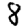
Digit: 8